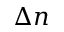
\Delta n